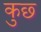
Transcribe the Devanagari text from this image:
कुछ्‍